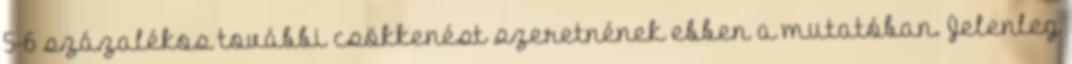
5-6 százalékos további csökkenést szeretnének ebben a mutatóban. Jelenleg